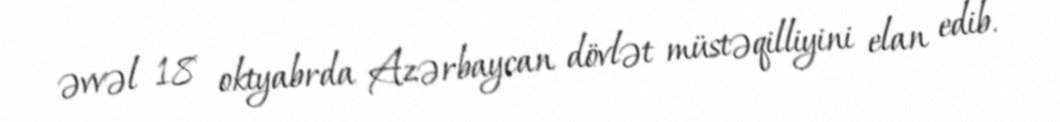
əvvəl 18 oktyabrda Azərbaycan dövlət müstəqilliyini elan edib.